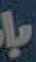
!